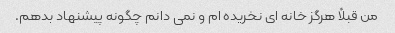
من قبلاً هرگز خانه ای نخریده ام و نمی دانم چگونه پیشنهاد بدهم.